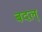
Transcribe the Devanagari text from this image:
बदल्